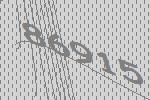
86915